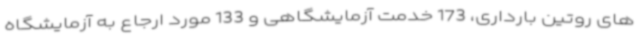
های روتین بارداری، 173 خدمت آزمایشگاهی و 133 مورد ارجاع به آزمایشگاه